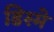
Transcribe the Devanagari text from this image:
डिस्मे